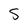
Character: 5